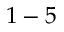
1 - 5